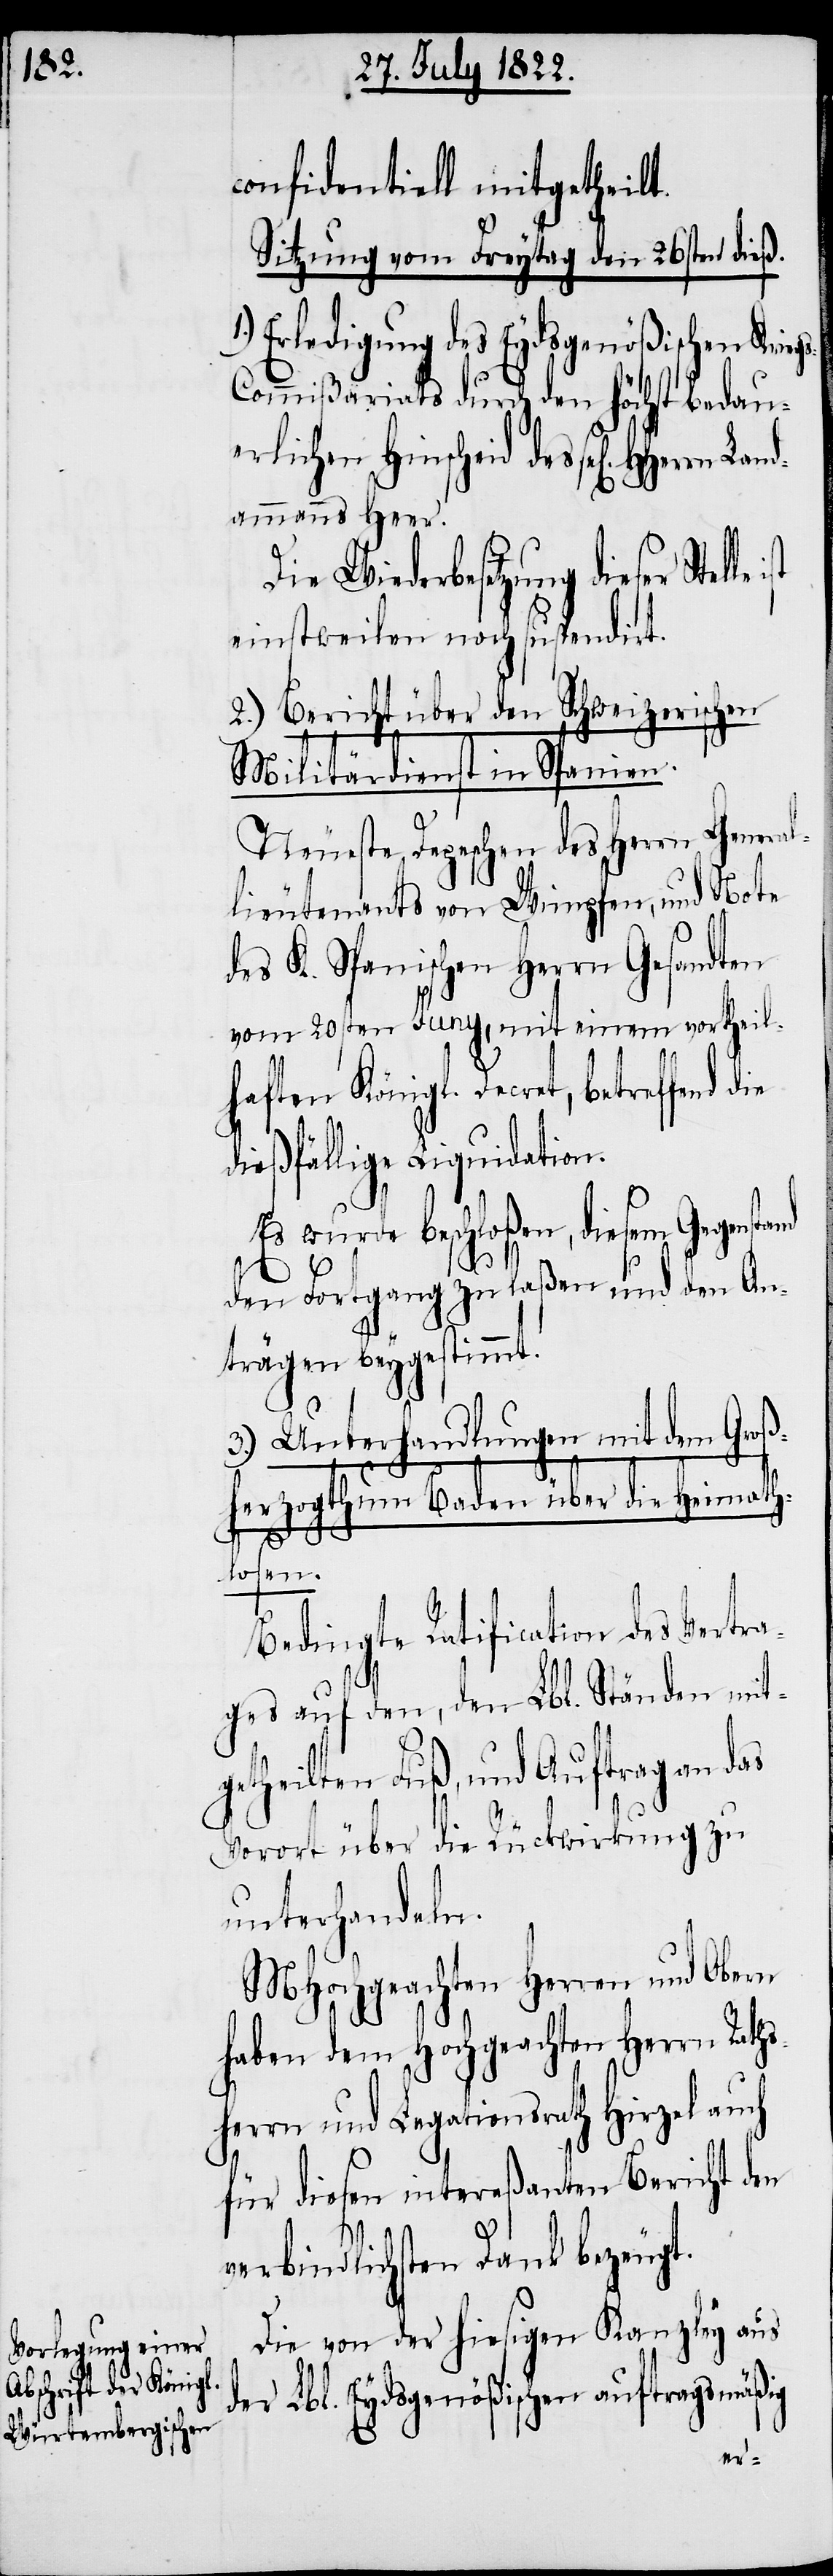
confidentiell mitgetheilt.
Sitzung vom Freytag den 26sten dieß.
Erledigung des Eydsgenößischen Kri¬
ommißariats durch den höchst bedau¬
erlichen Hinscheid des sel. HHerren
Landammanns Heer.
Die Wiederbesetzung dieser
einstweilen noch suspendirt.
2.) Bericht über den Schweizerischen
Militärdienst in Spanien.
Neueste Depeschen des Herrn General¬
lieutnants von Wimpfen, und Note
des K. Spanischen Herrn Gesandten
vom 20sten Juny, mit einem vortheil¬
haften Königl. Decret,
dießfällige Liquidation.
Es wurde beschloßen, diesem
den Fortgang zu laßen und den An¬
trägen beygestimmt.
3.) Unterhandlungen mit dem Groß¬
herzogthum Baden über die Heimath¬
losen.
Bedingte Ratification des Vertr¬
ages auf den, den Lbl. Ständen mit¬
getheilten Fuß, und Auftrag an das
Vorort über die Rückwirkung zu
unterhandeln.
MHochgeachten Herren und Obern
haben dem Hochgeachten Herrn Raths¬
herrn und Legationsrath Hirzel auch
für diesen intereßanten Bericht den
verbindlichen Dank bezeugt.
Die von der hiesigen Kanzley aus
der Lbl. Eydsgenößischen auftragsmäßig
egs-C¬